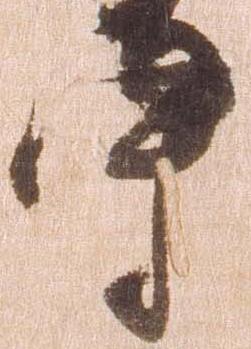
守